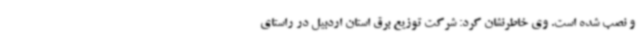
و نصب شده است. وی خاطرنشان کرد: شرکت توزیع برق استان اردبیل در راستای